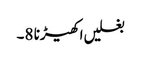
بغلیں اکھیڑنا 8۔